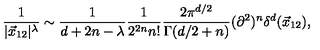
\frac { 1 } { | \vec { x } _ { 1 2 } | ^ { \lambda } } \sim \frac { 1 } { d + 2 n - \lambda } \frac { 1 } { 2 ^ { 2 n } n ! } \frac { 2 \pi ^ { d / 2 } } { \Gamma ( d / 2 + n ) } ( \partial ^ { 2 } ) ^ { n } \delta ^ { d } ( \vec { x } _ { 1 2 } ) ,